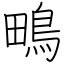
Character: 鴫